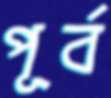
পূর্ব